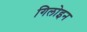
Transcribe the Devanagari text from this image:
गिलोइन